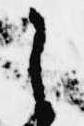
之